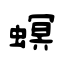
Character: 螟